King Institute of Preventive Medicine Micro-Biological Section reports 1909-11
Year: 1909
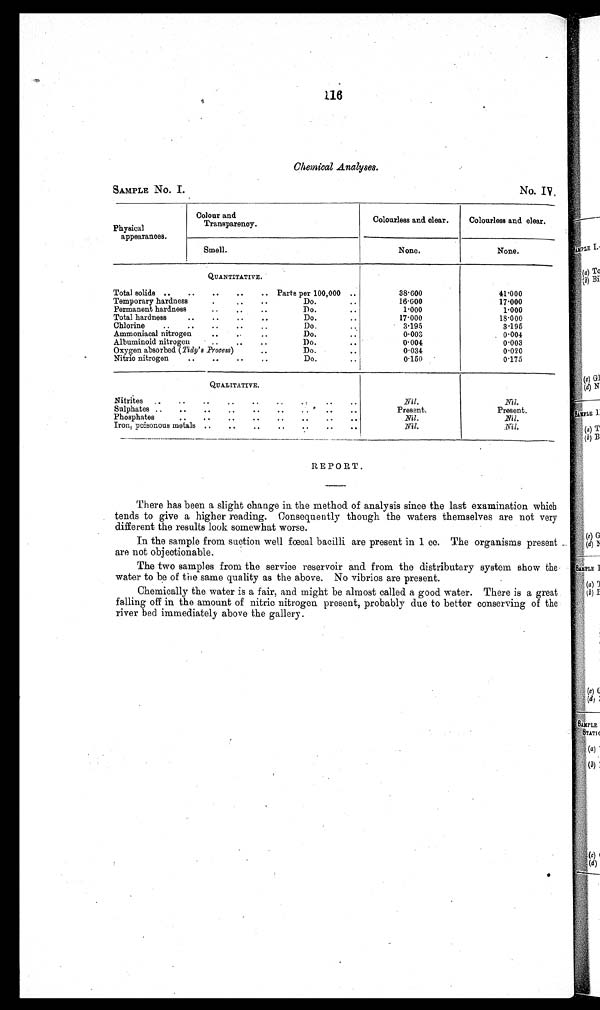
116
Chemical Analyses.
SAMPLE No. I.
No. IV.
Physical
appearances.
Colour and
Transparency.
Colourless and clear.
Colourless and clear.
Smell.
None.
None.
QUANTITATIVE.
Total solids ..
..
..
..
.. Parts per 100,000 • •
38.600
41.000
Temporary hardness
.
..
..
Do.
..
16.000
17.000
1.000
1.000
Permanent hardness
• •
..
• .
Do.
..
Total hardness
..
..
..
..
Do.
..
17.000
18.000
Chlorine
..
..
..
..
..
Do.
3.195
3.195
0.003
0.004
Ammoniacal nitrogen
..
..
..
Do.
..
0.003
Albuminoid nitrogen
..
..
..
Do.
..
0.004
Oxygen absorbed (Tidy's Process)
..
Do.
..
0.034
0.020
Nitric nitrogen
..
• •
• •
..
Do.
..
0.150
0.175
QUALITATIVE.
Nil.
Nil.
Nitrites
..
..
..
..
..
..
..
..
..
Sulphates ..
..
..
..
..
..
.. .. .. ..
Present.
Present,
Phosphates
• •
..
..
• •
• .
• •
• •
• 0
Nil.
Nil.
Iron, Poisonous metals ..
..
..•
•
• •
• •
• •
Nil.
Nil.
REPORT.
There has been a slight change in the method of analysis since the last examination which
tends to give a higher reading. Consequently though the waters themselves are not very
different the results look somewhat worse.
In the sample from suction well fœcal bacilli are present in 1 cc. The organisms present
are not objectionable.
The two samples from the service reservoir and from the distributary system show the
water to be of the same quality as the above. No vibrios are present.
Chemically the water is a fair, and might be almost called a good water. There is a great
falling off in the amount of nitric nitrogen present, probably due to better conserving of the
river bed immediately above the gallery.